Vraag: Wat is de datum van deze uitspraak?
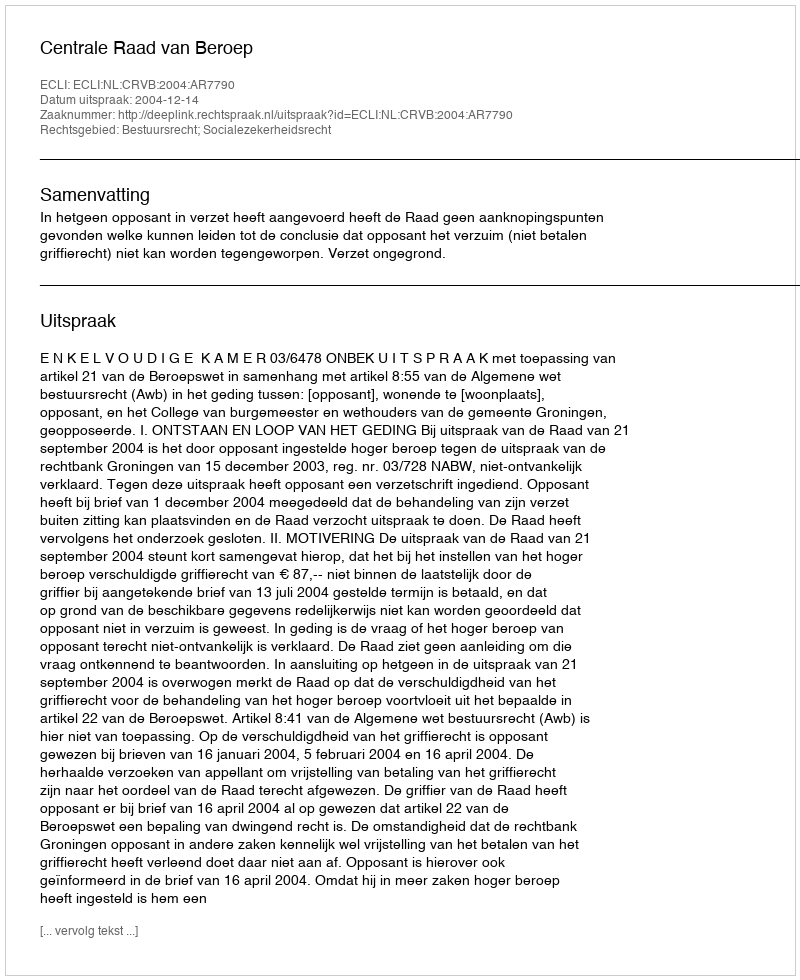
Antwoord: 2004-12-14